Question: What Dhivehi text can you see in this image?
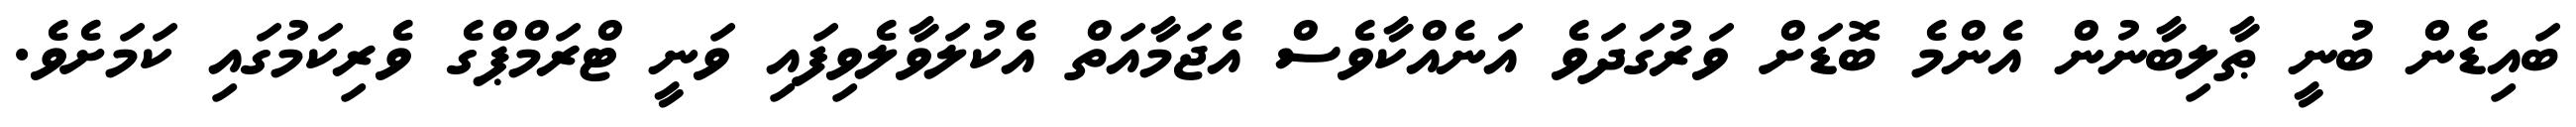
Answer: ބައިޑެން ބުނީ ޠާލިބާނުން އެންމެ ބޮޑަށް ވަރުގަދަވެ އަނެއްކާވެސް އެޖަމާއަތް އެކުލަވާލެވިފައި ވަނީ ޓްރަމްޕްގެ ވެރިކަމުގައި ކަމަށެވެ.